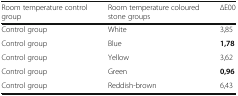
| Room temperature control group | Room temperature coloured stone groups | ∆E00 |
 | --- | --- | --- |
 | Control group | White | 3,85 |
 | Control group | Blue | 1,78 |
 | Control group | Yellow | 3,62 |
 | Control group | Green | 0,96 |
 | Control group | Reddish-brown | 6,43 |